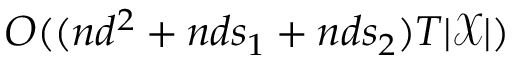
O ( ( n d ^ { 2 } + n d s _ { 1 } + n d s _ { 2 } ) T | \mathcal { X } | )